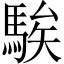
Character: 騃